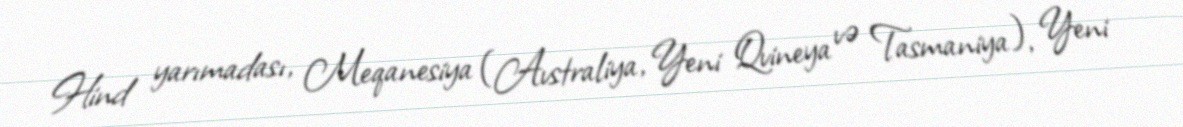
Hind yarımadası, Meqanesiya (Avstraliya, Yeni Qvineya və Tasmaniya), Yeni